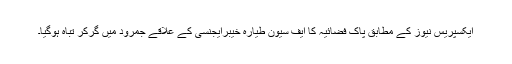
ایکسپریس نیوز کے مطابق پاک فضائیہ کا ایف سیون طیارہ خیبرایجنسی کے علاقے جمرود میں گرکر تباہ ہوگیا۔